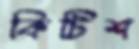
কিটিশ